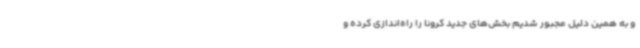
و به همین دلیل مجبور شدیم بخش‌های جدید کرونا را راه‌اندازی کرده و